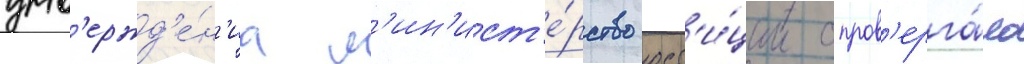
утв'ержд'е́н'иа м'ин'ист'е́рство юст'и́ции опров'ерга́ло